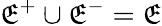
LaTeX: \mathfrak{E}^{+}\cup\mathfrak{E}^{-}=\mathfrak{E}